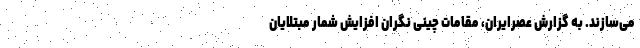
می‌سازند. به گزارش عصرایران، مقامات چینی نگران افزایش شمار مبتلایان